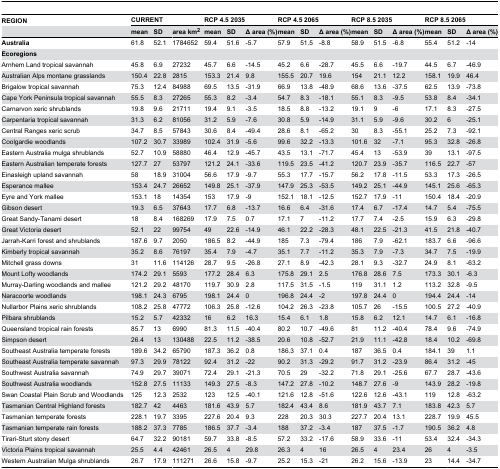
<table><thead><tr><td><b>REGION</b></td><td colspan="3"><b>CURRENT</b></td><td colspan="3"><b>RCP 4.5 2035</b></td><td colspan="3"><b>RCP 4.5 2065</b></td><td colspan="3"><b>RCP 8.5 2035</b></td><td colspan="3"><b>RCP 8.5 2065</b></td></tr><tr><td></td><td><b>mean</b></td><td><b>SD</b></td><td><b>area km<sup>2</sup></b></td><td><b>mean</b></td><td><b>SD</b></td><td><b>Δ area (%)</b></td><td><b>mean</b></td><td><b>SD</b></td><td><b>Δ area (%)</b></td><td><b>mean</b></td><td><b>SD</b></td><td><b>Δ area (%)</b></td><td><b>mean</b></td><td><b>SD</b></td><td><b>Δ area (%)</b></td></tr></thead><tbody><tr><td><b>Australia</b></td><td>61.8</td><td>52.1</td><td>1784652</td><td>59.4</td><td>51.6</td><td>-5.7</td><td>57.9</td><td>51.5</td><td>-8.8</td><td>58.9</td><td>51.5</td><td>-6.8</td><td>55.4</td><td>51.2</td><td>-14</td></tr><tr><td><b>Ecoregions</b></td><td></td><td></td><td></td><td></td><td></td><td></td><td></td><td></td><td></td><td></td><td></td><td></td><td></td><td></td><td></td></tr><tr><td>Arnhem Land tropical savannah</td><td>45.8</td><td>6.9</td><td>27232</td><td>45.7</td><td>6.6</td><td>-14.5</td><td>45.2</td><td>6.6</td><td>-28.7</td><td>45.5</td><td>6.6</td><td>-19.7</td><td>44.5</td><td>6.7</td><td>-46.9</td></tr><tr><td>Australian Alps montane grasslands</td><td>150.4</td><td>22.8</td><td>2815</td><td>153.3</td><td>21.4</td><td>9.8</td><td>155.5</td><td>20.7</td><td>19.6</td><td>154</td><td>21.1</td><td>12.2</td><td>158.1</td><td>19.9</td><td>46.4</td></tr><tr><td>Brigalow tropical savannah</td><td>75.3</td><td>12.4</td><td>84988</td><td>69.5</td><td>13.5</td><td>-31.9</td><td>66.9</td><td>13.8</td><td>-48.9</td><td>68.6</td><td>13.6</td><td>-37.5</td><td>62.5</td><td>13.9</td><td>-73.8</td></tr><tr><td>Cape York Peninsula tropical savannah</td><td>55.5</td><td>8.3</td><td>27265</td><td>55.3</td><td>8.2</td><td>-3.4</td><td>54.7</td><td>8.3</td><td>-18.1</td><td>55.1</td><td>8.3</td><td>-9.5</td><td>53.8</td><td>8.4</td><td>-34.1</td></tr><tr><td>Carnarvon xeric shrublands</td><td>19.8</td><td>9.6</td><td>21711</td><td>19.4</td><td>9.1</td><td>-3.5</td><td>18.5</td><td>8.8</td><td>-13.2</td><td>19.1</td><td>9</td><td>-6</td><td>17.1</td><td>8.3</td><td>-27.5</td></tr><tr><td>Carpentaria tropical savannah</td><td>31.3</td><td>6.2</td><td>81056</td><td>31.2</td><td>5.9</td><td>-7.6</td><td>30.8</td><td>5.9</td><td>-14.9</td><td>31.1</td><td>5.9</td><td>-9.6</td><td>30.2</td><td>6</td><td>-25.1</td></tr><tr><td>Central Ranges xeric scrub</td><td>34.7</td><td>8.5</td><td>57843</td><td>30.6</td><td>8.4</td><td>-49.4</td><td>28.6</td><td>8.1</td><td>-65.2</td><td>30</td><td>8.3</td><td>-55.1</td><td>25.2</td><td>7.3</td><td>-92.1</td></tr><tr><td>Coolgardie woodlands</td><td>107.2</td><td>30.7</td><td>33989</td><td>102.4</td><td>31.9</td><td>-5.6</td><td>99.6</td><td>32.2</td><td>-13.3</td><td>101.6</td><td>32</td><td>-7.1</td><td>95.3</td><td>32.8</td><td>-26.8</td></tr><tr><td>Eastern Australia mulga shrublands</td><td>52.7</td><td>10.9</td><td>58880</td><td>46.4</td><td>12.9</td><td>-45.7</td><td>43.5</td><td>13.1</td><td>-71.7</td><td>45.4</td><td>13</td><td>-53.9</td><td>39</td><td>13.1</td><td>-97.5</td></tr><tr><td>Eastern Australian temperate forests</td><td>127.7</td><td>27</td><td>53797</td><td>121.2</td><td>24.1</td><td>-33.6</td><td>119.5</td><td>23.5</td><td>-41.2</td><td>120.7</td><td>23.9</td><td>-35.7</td><td>116.5</td><td>22.7</td><td>-57</td></tr><tr><td>Einasleigh upland savannah</td><td>58</td><td>18.9</td><td>31004</td><td>56.6</td><td>17.9</td><td>-9.7</td><td>55.3</td><td>17.7</td><td>-15.7</td><td>56.2</td><td>17.8</td><td>-11.5</td><td>53.3</td><td>17.3</td><td>-26.5</td></tr><tr><td>Esperance mallee</td><td>153.4</td><td>24.7</td><td>26652</td><td>149.8</td><td>25.1</td><td>-37.9</td><td>147.9</td><td>25.3</td><td>-53.5</td><td>149.2</td><td>25.1</td><td>-44.9</td><td>145.1</td><td>25.6</td><td>-65.3</td></tr><tr><td>Eyre and York mallee</td><td>153.1</td><td>18</td><td>14354</td><td>153</td><td>17.9</td><td>-9</td><td>152.1</td><td>18.1</td><td>-12.5</td><td>152.7</td><td>17.9</td><td>-11</td><td>150.4</td><td>18.4</td><td>-20.9</td></tr><tr><td>Gibson desert</td><td>19.3</td><td>6.5</td><td>37643</td><td>17.7</td><td>6.8</td><td>-13.7</td><td>16.6</td><td>6.4</td><td>-31.6</td><td>17.4</td><td>6.7</td><td>-17.4</td><td>14.7</td><td>5.4</td><td>-75.5</td></tr><tr><td>Great Sandy-Tanami desert</td><td>18</td><td>8.4</td><td>168269</td><td>17.9</td><td>7.5</td><td>0.7</td><td>17.1</td><td>7</td><td>-11.2</td><td>17.7</td><td>7.4</td><td>-2.5</td><td>15.9</td><td>6.3</td><td>-29.8</td></tr><tr><td>Great Victoria desert</td><td>52.1</td><td>22</td><td>99754</td><td>49</td><td>22.6</td><td>-14.9</td><td>46.1</td><td>22.2</td><td>-28.3</td><td>48.1</td><td>22.5</td><td>-21.3</td><td>41.5</td><td>21.8</td><td>-40.7</td></tr><tr><td>Jarrah-Karri forest and shrublands</td><td>187.6</td><td>9.7</td><td>2050</td><td>186.5</td><td>8.2</td><td>-44.9</td><td>185</td><td>7.3</td><td>-79.4</td><td>186</td><td>7.9</td><td>-62.1</td><td>183.7</td><td>6.6</td><td>-96.6</td></tr><tr><td>Kimberly tropical savannah</td><td>35.2</td><td>8.6</td><td>76197</td><td>35.4</td><td>7.9</td><td>-4.7</td><td>35.1</td><td>7.7</td><td>-11.2</td><td>35.3</td><td>7.9</td><td>-7.3</td><td>34.7</td><td>7.5</td><td>-19.9</td></tr><tr><td>Mitchell grass downs</td><td>31</td><td>11.6</td><td>114126</td><td>28.7</td><td>9.5</td><td>-26.8</td><td>27.1</td><td>8.9</td><td>-42.3</td><td>28.1</td><td>9.3</td><td>-32.7</td><td>24.9</td><td>8.1</td><td>-63.2</td></tr><tr><td>Mount Lofty woodlands</td><td>174.2</td><td>29.1</td><td>5593</td><td>177.2</td><td>28.4</td><td>6.3</td><td>175.8</td><td>29.1</td><td>2.5</td><td>176.8</td><td>28.6</td><td>7.5</td><td>173.3</td><td>30.1</td><td>-6.3</td></tr><tr><td>Murray-Darling woodlands and mallee</td><td>121.2</td><td>29.2</td><td>48170</td><td>119.7</td><td>30.9</td><td>2.8</td><td>117.5</td><td>31.5</td><td>-1.5</td><td>119</td><td>31.1</td><td>1.2</td><td>113.2</td><td>32.8</td><td>-9.5</td></tr><tr><td>Naracoorte woodlands</td><td>198.1</td><td>24.3</td><td>6795</td><td>198.1</td><td>24.4</td><td>0</td><td>196.8</td><td>24.4</td><td>-2</td><td>197.8</td><td>24.4</td><td>0</td><td>194.4</td><td>24.4</td><td>-14</td></tr><tr><td>Nullarbor Plains xeric shrublands</td><td>108.2</td><td>25.8</td><td>47772</td><td>106.3</td><td>25.8</td><td>-12.6</td><td>104.2</td><td>26.3</td><td>-23.8</td><td>105.7</td><td>26</td><td>-15.5</td><td>100.5</td><td>27.2</td><td>-40.9</td></tr><tr><td>Pilbara shrublands</td><td>15.2</td><td>5.7</td><td>42332</td><td>16</td><td>6.2</td><td>16.3</td><td>15.4</td><td>6.1</td><td>1.8</td><td>15.8</td><td>6.2</td><td>12.1</td><td>14.7</td><td>6.1</td><td>-16.8</td></tr><tr><td>Queensland tropical rain forests</td><td>85.7</td><td>13</td><td>6990</td><td>81.3</td><td>11.5</td><td>-40.4</td><td>80.2</td><td>10.7</td><td>-49.6</td><td>81</td><td>11.2</td><td>-40.4</td><td>78.4</td><td>9.6</td><td>-74.9</td></tr><tr><td>Simpson desert</td><td>26.4</td><td>13</td><td>130488</td><td>22.5</td><td>11.2</td><td>-38.5</td><td>20.6</td><td>10.8</td><td>-52.7</td><td>21.9</td><td>11.1</td><td>-42.8</td><td>18.4</td><td>10.2</td><td>-69.8</td></tr><tr><td>Southeast Australia temperate forests</td><td>189.6</td><td>34.2</td><td>65790</td><td>187.3</td><td>36.2</td><td>0.8</td><td>186.3</td><td>37.1</td><td>0.4</td><td>187</td><td>36.5</td><td>0.4</td><td>184.1</td><td>39</td><td>1.1</td></tr><tr><td>Southeast Australia temperate savannah</td><td>97.3</td><td>29.9</td><td>78122</td><td>92.4</td><td>31.2</td><td>-22</td><td>90.2</td><td>31.3</td><td>-29.2</td><td>91.7</td><td>31.2</td><td>-23.9</td><td>86.4</td><td>31.2</td><td>-45</td></tr><tr><td>Southwest Australia savannah</td><td>74.9</td><td>29.7</td><td>39071</td><td>72.4</td><td>29.1</td><td>-21.3</td><td>70.5</td><td>29</td><td>-32.2</td><td>71.8</td><td>29.1</td><td>-25.6</td><td>67.7</td><td>28.7</td><td>-43.6</td></tr><tr><td>Southwest Australia woodlands</td><td>152.8</td><td>27.5</td><td>11133</td><td>149.3</td><td>27.5</td><td>-8.3</td><td>147.2</td><td>27.8</td><td>-10.2</td><td>148.7</td><td>27.6</td><td>-9</td><td>143.9</td><td>28.2</td><td>-19.8</td></tr><tr><td>Swan Coastal Plain Scrub and Woodlands</td><td>125</td><td>12.3</td><td>2532</td><td>123</td><td>12.5</td><td>-40.1</td><td>121.6</td><td>12.8</td><td>-51.6</td><td>122.6</td><td>12.6</td><td>-43.1</td><td>119</td><td>12.8</td><td>-63.2</td></tr><tr><td>Tasmanian Central Highland forests</td><td>182.7</td><td>42</td><td>4463</td><td>181.6</td><td>43.9</td><td>5.7</td><td>182.4</td><td>43.4</td><td>8.6</td><td>181.9</td><td>43.7</td><td>7.1</td><td>183.8</td><td>42.3</td><td>5.7</td></tr><tr><td>Tasmanian temperate forests</td><td>228.1</td><td>19.7</td><td>3395</td><td>227.6</td><td>20.4</td><td>9.3</td><td>228</td><td>20.3</td><td>30.3</td><td>227.7</td><td>20.4</td><td>13.1</td><td>228.7</td><td>19.9</td><td>45.5</td></tr><tr><td>Tasmanian temperate rain forests</td><td>188.2</td><td>37.3</td><td>7785</td><td>186.5</td><td>37.7</td><td>-3.4</td><td>188</td><td>37.2</td><td>-3.4</td><td>187</td><td>37.5</td><td>-1.7</td><td>190.5</td><td>36.2</td><td>4.8</td></tr><tr><td>Tirari-Sturt stony desert</td><td>64.7</td><td>32.2</td><td>90181</td><td>59.7</td><td>33.8</td><td>-8.5</td><td>57.2</td><td>33.2</td><td>-17.6</td><td>58.9</td><td>33.6</td><td>-11</td><td>53.4</td><td>32.4</td><td>-34.3</td></tr><tr><td>Victoria Plains tropical savannah</td><td>25.5</td><td>4.4</td><td>42461</td><td>26.5</td><td>4</td><td>29.8</td><td>26.3</td><td>4</td><td>16</td><td>26.5</td><td>4</td><td>23.4</td><td>26</td><td>4</td><td>-3.5</td></tr><tr><td>Western Australian Mulga shrublands</td><td>26.7</td><td>17.9</td><td>111271</td><td>26.6</td><td>15.8</td><td>-9.7</td><td>25.2</td><td>15.3</td><td>-21</td><td>26.2</td><td>15.6</td><td>-13.9</td><td>23</td><td>14.4</td><td>-34.7</td></tr></tbody></table>